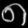
Digit: ၈